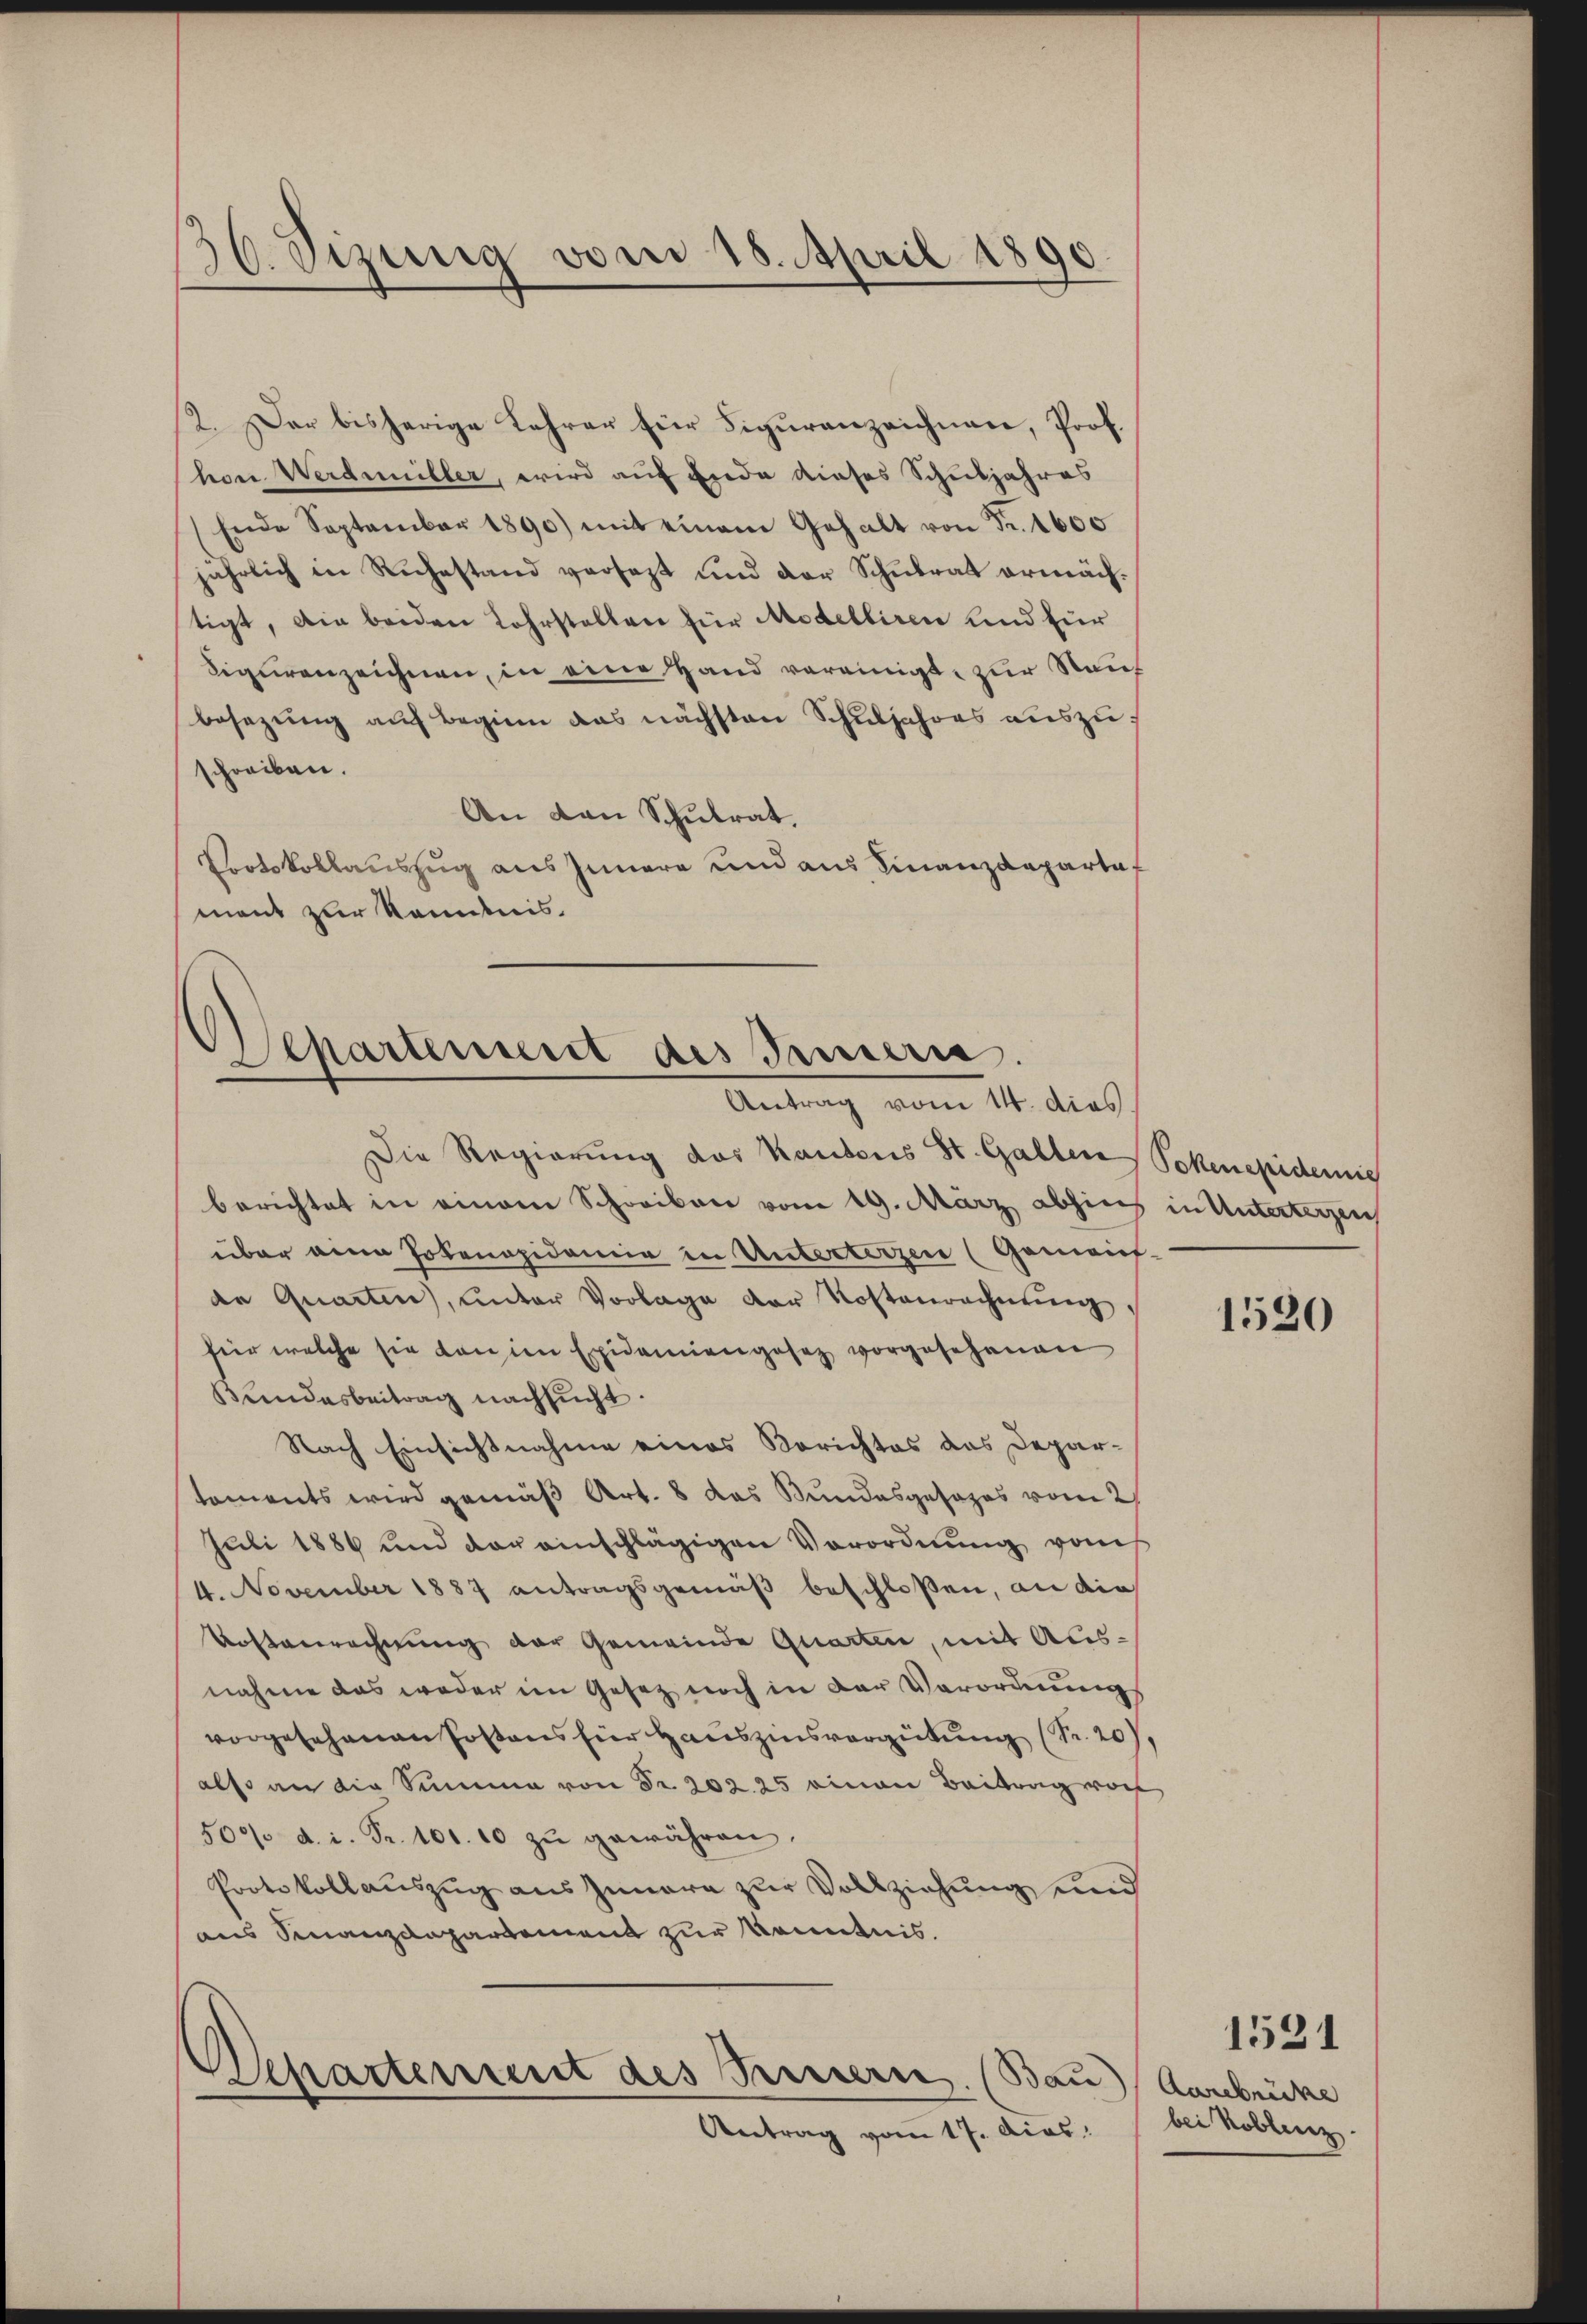
36. Sizung vom 18. April 1890.

2. Der bisherige Lehrer für Figuranzeichnen, Prof.
hon Werdmüller, wird auf Ende dieses Schuljahres
Ende September 1890) mit einem Gehalt von Fr. 1600
jährlich in Ruhestand versezt und der Schulrat ermächtigt, die beiden Lehrstellen für Modelliren und für
Sigurenzeichnen, in eine Hand vereinigt, zur Rauf
besezung auf Beginn das nächsten Schuljahres auszuschreiben.
An den Schulrat.
Protokollauszug aus Innere und aus Finanzdepartaf
ment zur Kenntnis.

Separtenseit des Innern.
Antrag vom 14. dies

Die Regierung des Kantons St. Galten Sokenepidemis
berichtet in einem Schreiben vom 19. März abhin in Unterteigen
über eine Potenopidemie in Unterterzen (Gemein-
de Quarten, unter Vorlage der Kostenrechnung.
für welche sie dan in Epidemiengesetz vorgesehenen
Bundesbeitrag nachsucht.
Nach Einsichtnahme eines Berichtes das Deparkoments wird gemäß Art. 8 das Bundesgesezes vom 2
Juli 1886 und der einschlägigen Verordnung vom
4. November 1887 antragsgemäß beschloßen, an die
Kostenrechnung der Gemeinde Quarten, mit Ausnahme das weder im Gesetz noch in der Verordnungs
vorgesehenen Postens hier Hauszinsvergütung (Nr. 20),
also an die Summa von Fr. 202. 25 einen Beitrag vor
509. d. i. Fr. 101. 10 zŭ gewähren.
Protokollauszug aus Innere zur Vollziehung und
aus Finanzdepartement zur Kenntnis.

Departement des Pressern. (Bau) Aarbrücke

Antrag vom 17. dies

1520

bei Koblenz.

1521